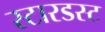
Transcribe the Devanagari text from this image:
स्‍टारडस्‍ट